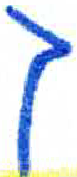
אות: ך